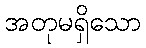
အတုမရှိသော